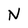
Character: N